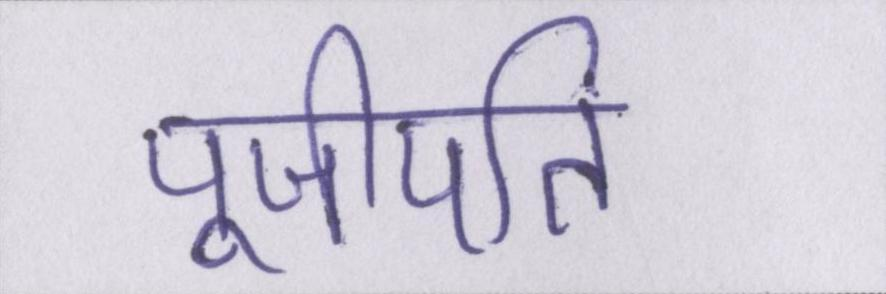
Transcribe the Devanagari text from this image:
पूजीपति